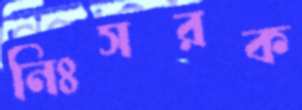
নিঃসরক